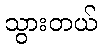
သွားတယ်